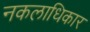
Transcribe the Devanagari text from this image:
नकलाधिकार